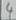
Text: 4